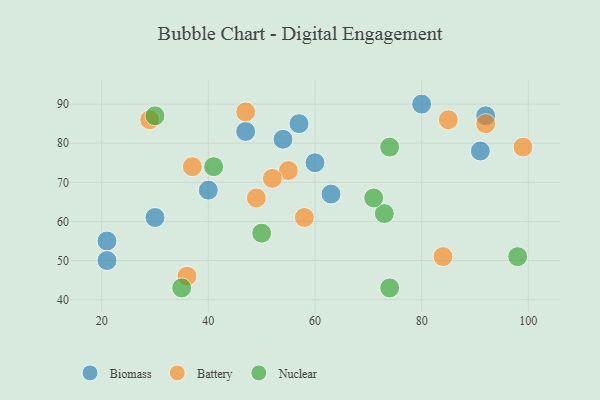
{"axis": {"x": "GDP", "y": "Life Expectancy"}, "legend": ["Battery", "Biomass", "Nuclear"], "data": [{"x": "30", "y": 61, "type": "Biomass"}, {"x": "60", "y": 75, "type": "Biomass"}, {"x": "80", "y": 90, "type": "Biomass"}, {"x": "54", "y": 81, "type": "Biomass"}, {"x": "63", "y": 67, "type": "Biomass"}, {"x": "21", "y": 55, "type": "Biomass"}, {"x": "21", "y": 50, "type": "Biomass"}, {"x": "47", "y": 83, "type": "Biomass"}, {"x": "57", "y": 85, "type": "Biomass"}, {"x": "92", "y": 87, "type": "Biomass"}, {"x": "40", "y": 68, "type": "Biomass"}, {"x": "91", "y": 78, "type": "Biomass"}, {"x": "55", "y": 73, "type": "Battery"}, {"x": "99", "y": 79, "type": "Battery"}, {"x": "84", "y": 51, "type": "Battery"}, {"x": "85", "y": 86, "type": "Battery"}, {"x": "58", "y": 61, "type": "Battery"}, {"x": "92", "y": 85, "type": "Battery"}, {"x": "29", "y": 86, "type": "Battery"}, {"x": "47", "y": 88, "type": "Battery"}, {"x": "52", "y": 71, "type": "Battery"}, {"x": "49", "y": 66, "type": "Battery"}, {"x": "36", "y": 46, "type": "Battery"}, {"x": "37", "y": 74, "type": "Battery"}, {"x": "74", "y": 79, "type": "Nuclear"}, {"x": "41", "y": 74, "type": "Nuclear"}, {"x": "30", "y": 87, "type": "Nuclear"}, {"x": "73", "y": 62, "type": "Nuclear"}, {"x": "98", "y": 51, "type": "Nuclear"}, {"x": "50", "y": 57, "type": "Nuclear"}, {"x": "35", "y": 43, "type": "Nuclear"}, {"x": "74", "y": 43, "type": "Nuclear"}, {"x": "71", "y": 66, "type": "Nuclear"}]}